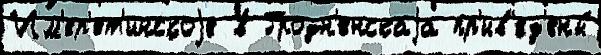
Им'ер'ет'инскоjе в Гродн'енскаjа пр'ив'ед'ены́